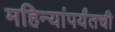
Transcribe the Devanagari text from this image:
महिन्यांपर्यंतची